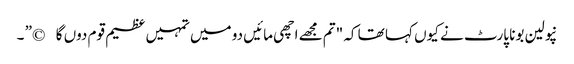
نپولین بونا پارٹ نے کیوں کہا تھا کہ "تم مجھے اچھی مائیں دو میں تمہیں عظیم قوم دوں گا©” ۔